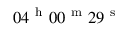
0 4 ^ { \mathrm { ~ h ~ } } 0 0 ^ { \mathrm { ~ m ~ } } 2 9 ^ { \mathrm { ~ s ~ } }